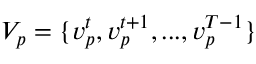
V _ { p } = \{ v _ { p } ^ { t } , v _ { p } ^ { t + 1 } , . . . , v _ { p } ^ { T - 1 } \}